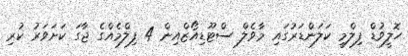
ހޮލީވުޑް ފިލްމީ ކަލަންޑަރުގައި މާވެލް ސްޓޫޑިއޯޒްއިން 4 ފިލްމެއްގެ ޖާގަ ކަށަވަރު ކުރި